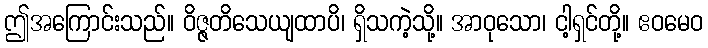
ဤအကြောင်းသည်။ ဝိဇ္ဇတိသေယျထာပိ၊ ရှိသကဲ့သို့။ အာဝုသော၊ ငါ့ရှင်တို့။ ဧဝမေဝ